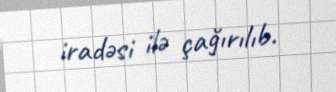
iradəsi ilə çağırılıb.